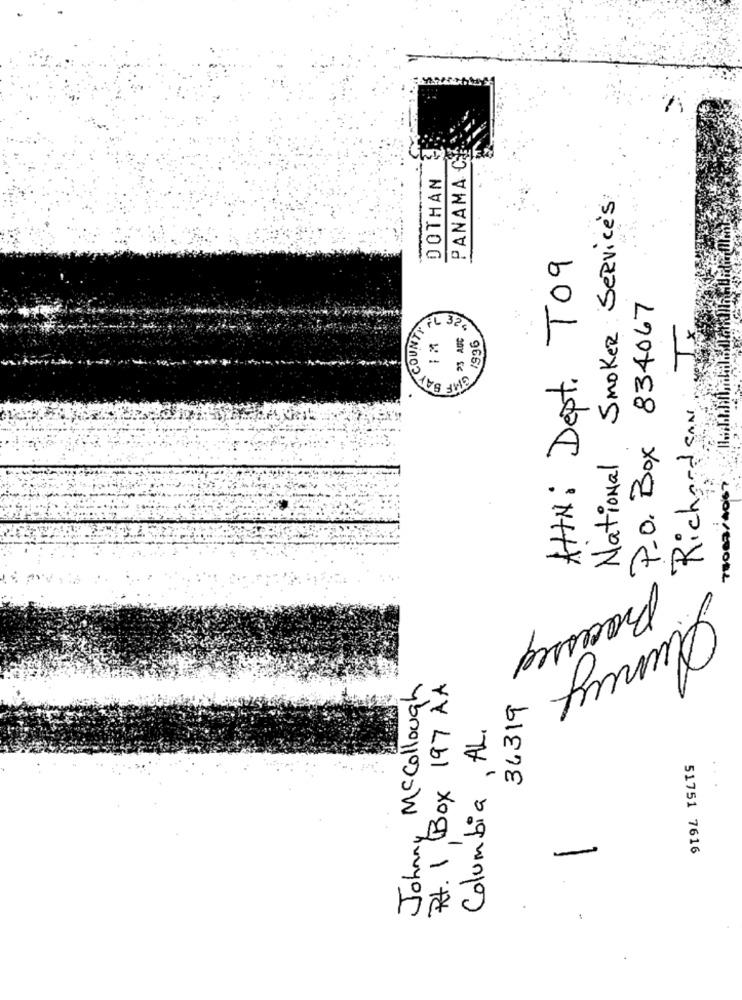
PANAMA C
DOTHAN
National SmokeR Service's
-
AttN: Dept. T09
P.O. Box 834067
BAY COUNTY
Jx
FL 32
23 AUG
1996
Richard SAN
77008/4067
Processed
2
Quincy
Johnny Mccollough
Rt. 1 Box 197 AA
36319
Columbia, AL.
-
51751 7616